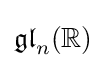
{\mathfrak {gl}}_{n}(\mathbb {R} )